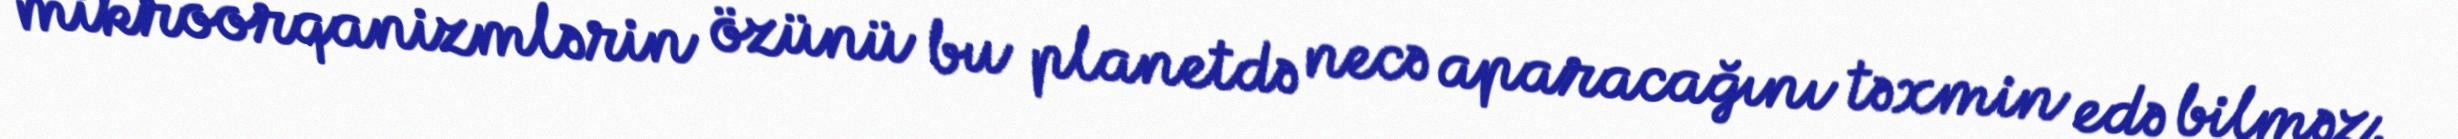
mikroorqanizmlərin özünü bu planetdə necə aparacağını təxmin edə bilməz.